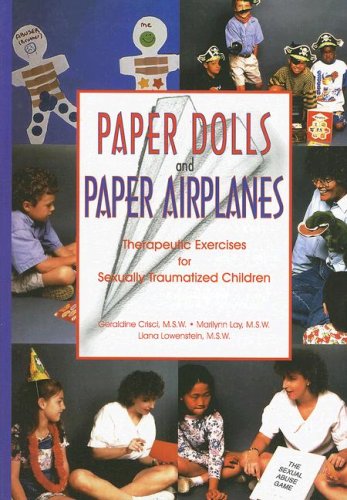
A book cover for Paper Dolls and Paper Airplanes: Therapeutic Exercises for Sexually Traumatized Children; Geraldine Crisci; Self-Help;